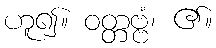
ဟူ၍။ ဝတ္တဗ္ဗံ၊ ၏။